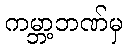
ကမ္ဘာ့ဘဏ်မှ